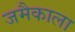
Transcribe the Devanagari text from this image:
जमैकाला